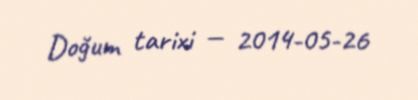
Doğum tarixi — 2014-05-26